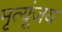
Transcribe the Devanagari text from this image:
मृत्यूंजय